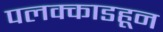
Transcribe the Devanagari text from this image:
पलक्काडहून